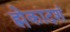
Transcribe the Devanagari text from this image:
ह्मेकादशं